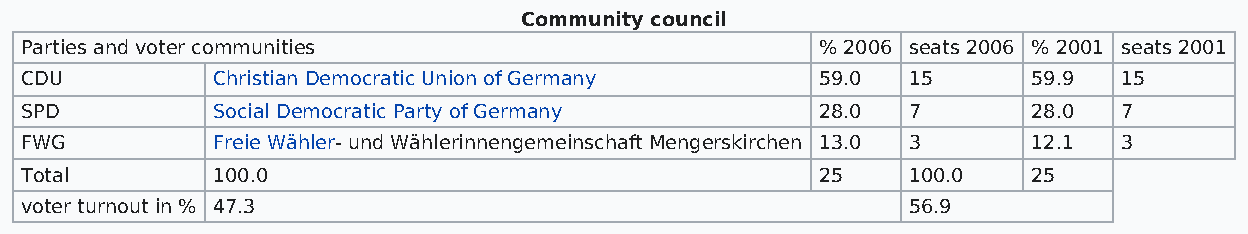
Community council
 Parties and voter communities                        % 2006 seats 2006 % 2001 seats 2001
 CDU          Christian Democratic Union of Germany   59.0  15      59.9  15
 SPD          Social Democratic Party of Germany      28.0  7       28.0  7
 FWG          Freie Wähler- und Wählerinnengemeinschaft Mengerskirchen 13.0 3 12.1 3
 Total        100.0                                   25    100.0   25
 voter turnout in % 47.3                                    56.9